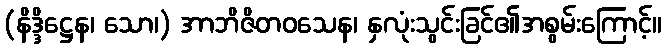
(နိဒ္ဒိဋ္ဌေန၊ သော၊) အာဘိဇိတဝသေန၊ နှလုံးသွင်းခြင်၏အစွမ်းကြောင့်။